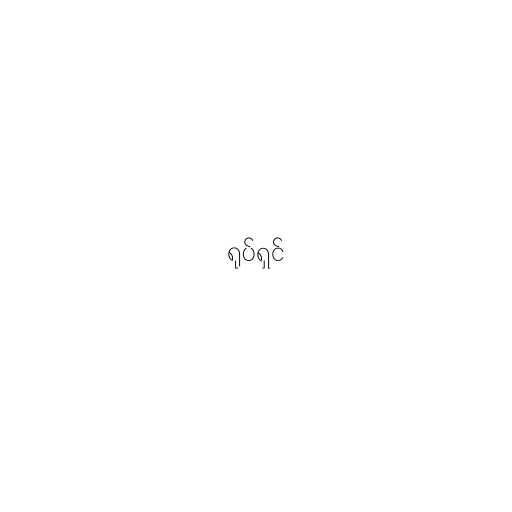
ရုပ်ရှင်